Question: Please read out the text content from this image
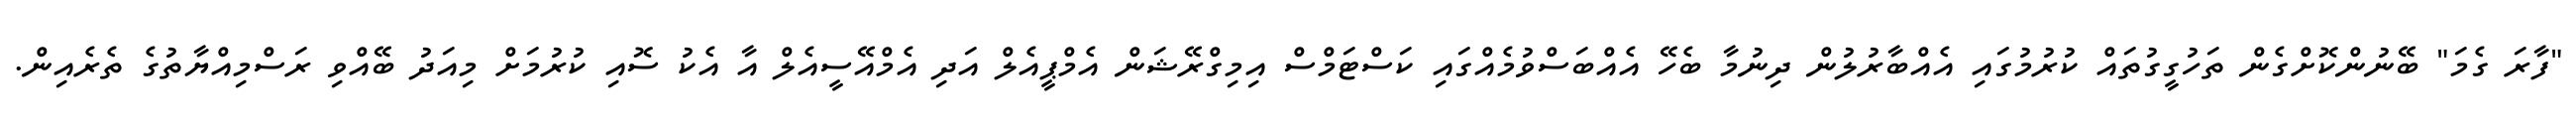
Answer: "ފާރަ ގެމަ" ބޭނުންކޮށްގެން ތަހުގީގުތައް ކުރުމުގައި އެއްބާރުލުން ދިނުމާ ބެހޭ އެއްބަސްވުމެއްގައި ކަސްޓަމްސް އިމިގްރޭޝަން އެމްޕީއެލް އަދި އެމްއޭސީއެލް އާ އެކު ސޮއި ކުރުމަށް މިއަދު ބޭއްވި ރަސްމިއްޔާތުގެ ތެރެއިން.